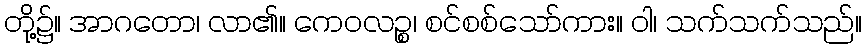
တို့၌။ အာဂတော၊ လာ၏။ ကေဝလဉ္စ၊ စင်စစ်သော်ကား။ ဝါ၊ သက်သက်သည်။